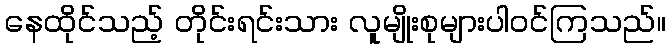
နေထိုင်သည့် တိုင်းရင်းသား လူမျိုးစုများပါဝင်ကြသည်။